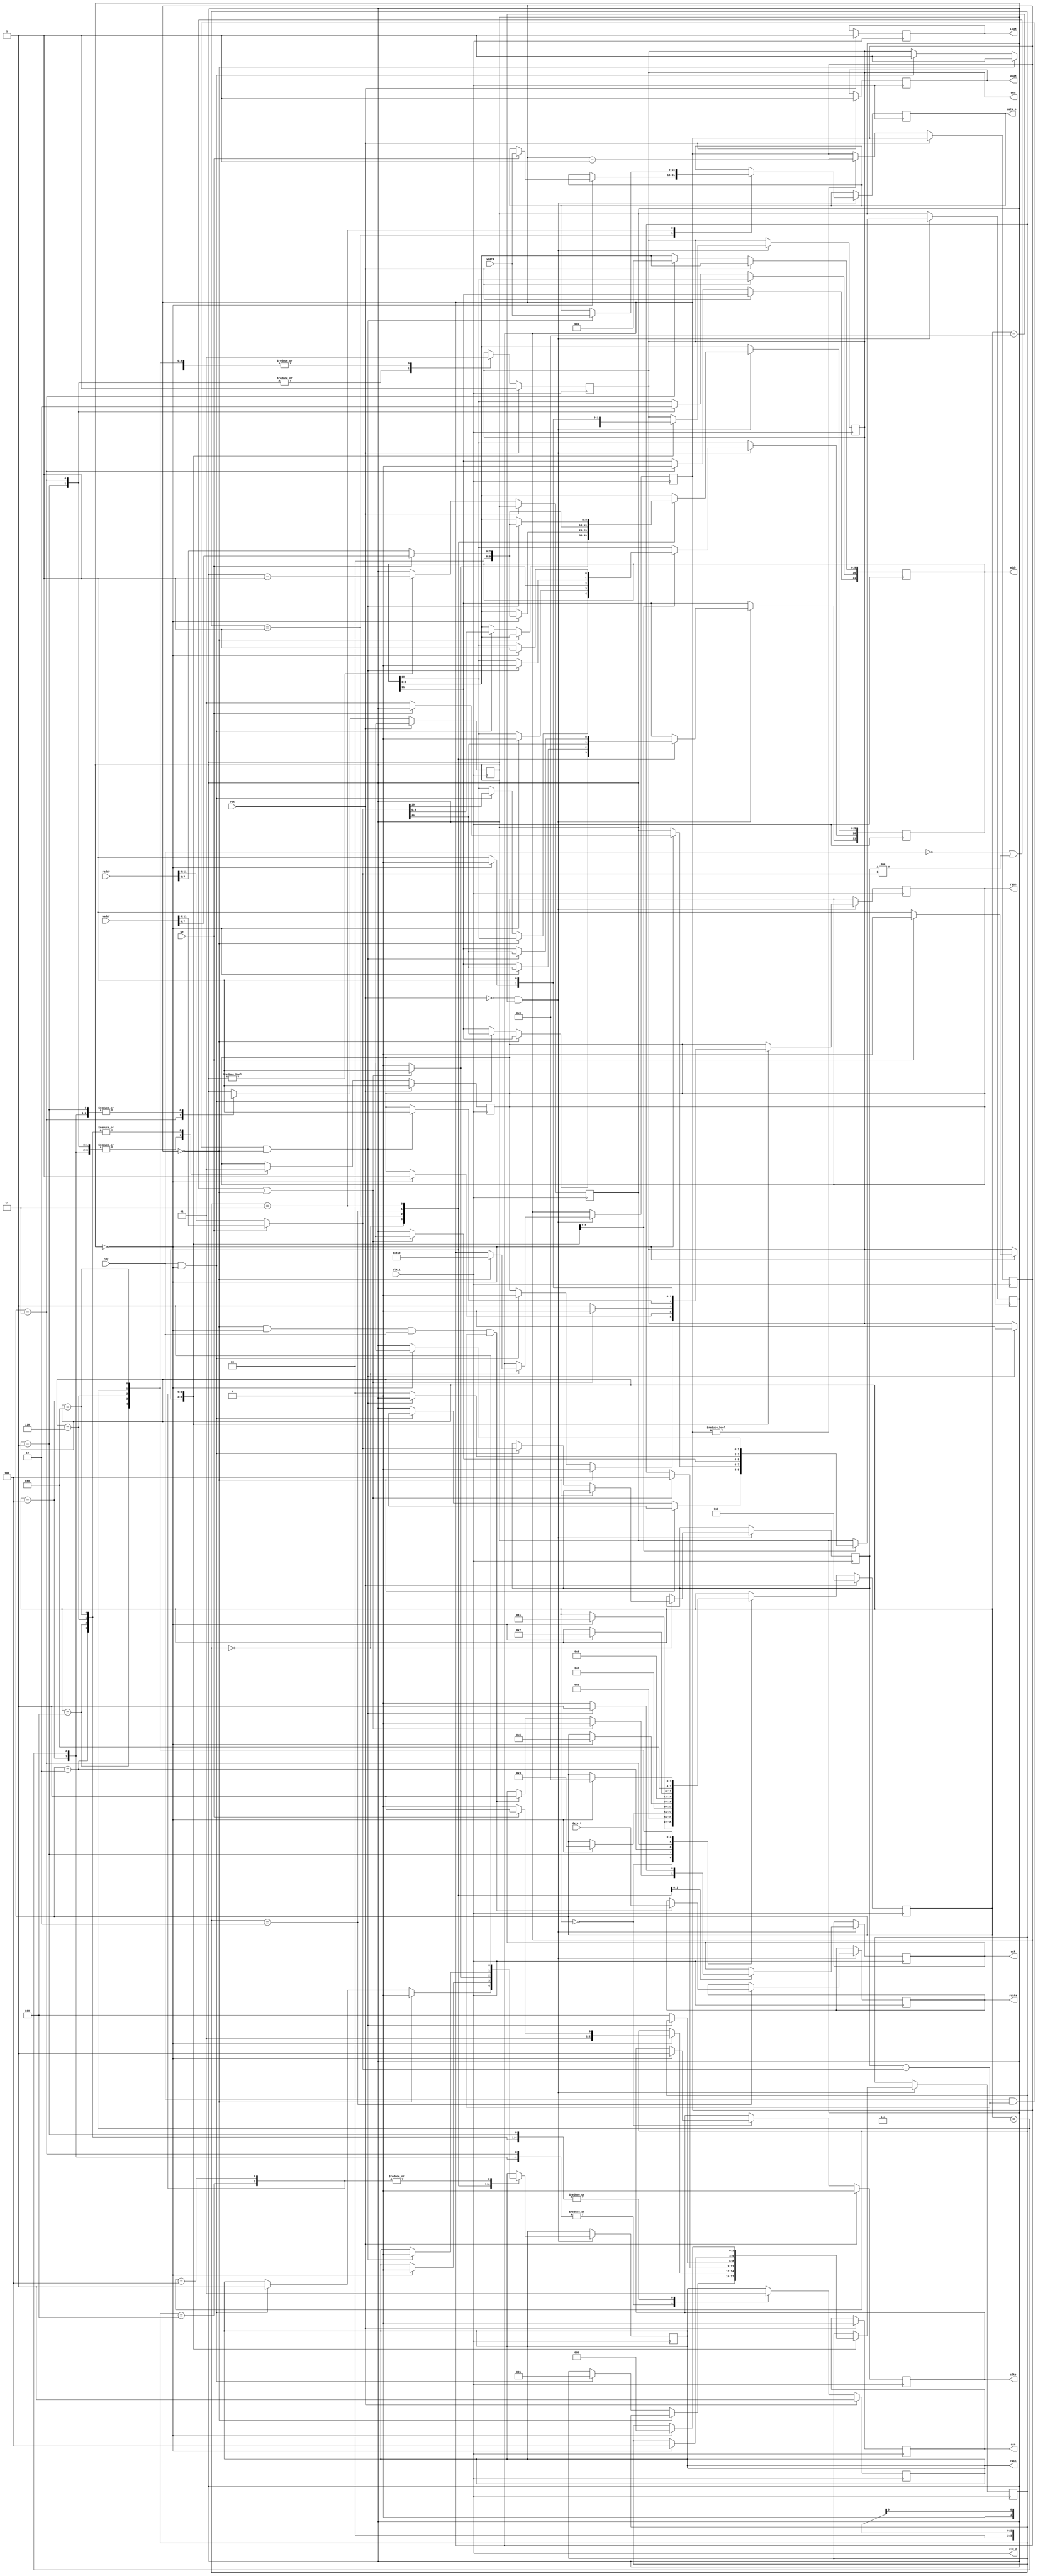

// Between read and write/ write and read, one clock with rdy low is needed.
// Change FSM using write after read and read after write functionalities if this behaviour is not wanted.

module SDRAM #(
    parameter DATA_WIDTH = 16,
    parameter ADDR_WIDTH = 20, // Total addr width
    parameter ADDR_BUS_WIDTH = 12 // Physical bus width
)(

    input clk_i,
    input rst,

    // "PSEUDO DUAL PORT" INTERNAL INTERFACE

    input [ADDR_WIDTH-1:0] waddr,
    input [DATA_WIDTH-1:0] wdata,
        
    input we,
    
    input [ADDR_WIDTH-1:0] raddr,
    output reg [DATA_WIDTH-1:0] rdata,
    
    // Simple interface ready/ack logic
    input rdy,
    output reg ack,

    // RAM INTERFACE

    output clk_o,
    output reg clke,

    input [DATA_WIDTH-1:0] data_i,
    output reg [DATA_WIDTH-1:0] data_o,
    output reg [ADDR_BUS_WIDTH-1:0] addr,

    output reg csn,
    output reg rasn,
    output reg casn,
    output reg wen,
    
    output reg LDQM,
    output reg UDQM
);

    // rounded up division
    function cdiv;
    input n,d;
    begin
        cdiv = (n/d) + (n%d) ? 1:0;
    end
    endfunction

    localparam MODE_USED = 12'b000000100111;

    // Timing parameters
    localparam CLK_T_NS = 10;                                           // Clock period in nanoseconds
    localparam WAIT_CNT_200us = cdiv( 200000 , CLK_T_NS );              // Stable clock waiting time in reset sequence
    localparam WAIT_CNT_PRCA = cdiv( 21 , CLK_T_NS );                   // Precharge command waiting time
    localparam WAIT_CNT_LM = 1;                                         // Load mode command waiting time
    localparam WAIT_CNT_AR = cdiv( 63 , CLK_T_NS );                     // Auto refresh command waiting time
    localparam WAIT_CNT_ACTIVATE = cdiv( 42 , CLK_T_NS );               // Activate command waiting time
    localparam WAIT_CNT_REFRESH = 15625 / CLK_T_NS;                     // 4096 refresh cycles in 64ms, or 1 refresh cycle per 15625ns ( rounded down! ).
    localparam WAIT_CNT_ACTIVE_TO_PRECHARGE_MAX = 100000 / CLK_T_NS;    // Maximum time active without precharging ( rounded down! )
    localparam WAIT_CNT_WR = 1;                                         // Two clocks between last data writen and next precharge

    // Initialization state machine, states parameters and register
    localparam RST_SEQUENCE_STATE_WAITING_200us = 0;
    localparam RST_SEQUENCE_STATE_PRECHARGE_ALL = 1;
    localparam RST_SEQUENCE_STATE_PRECHARGE_ALL_WAITING = 2;
    localparam RST_SEQUENCE_STATE_LOAD_MODE = 3;
    localparam RST_SEQUENCE_STATE_LOAD_MODE_WAITING = 4;
    localparam RST_SEQUENCE_STATE_AUTOREFRESH_1 = 5;
    localparam RST_SEQUENCE_STATE_AUTOREFRESH_1_WAITING = 6;
    localparam RST_SEQUENCE_STATE_AUTOREFRESH_2 = 7;
    localparam RST_SEQUENCE_STATE_AUTOREFRESH_2_WAITING = 8;
    localparam RST_SEQUENCE_STATE_FINISHED = 9;
    localparam NUM_RST_SEQUENCE_STATES = 10;
    localparam RST_SEQUENCE_STATE_WIDTH = $clog2( NUM_RST_SEQUENCE_STATES );
    
    reg [RST_SEQUENCE_STATE_WIDTH-1:0] rst_sequence_state = 0;
    
    // Operation state machine, states parameters and register
    
    localparam STATE_IDLE = 0;
    localparam STATE_WAITING_ACTIVE = 1;
    localparam STATE_READING = 2;
    localparam STATE_WRITING = 3;
    localparam STATE_EXITING_WRITE = 4;
    localparam STATE_PRECHARGING = 5;
    
    localparam NUM_STATES = 6;
    localparam STATE_WIDTH = $clog2( NUM_STATES );
    
    reg [STATE_WIDTH-1:0] state;
    
    // After command waiting counter
    
    localparam COUNTER_WIDTH = $clog2( WAIT_CNT_200us -1);
    reg [COUNTER_WIDTH-1:0] cnt;

    // Autorefresh period counter
    localparam REFRESH_COUNTER_WIDTH = $clog2( WAIT_CNT_REFRESH-1 );
    reg [REFRESH_COUNTER_WIDTH-1:0] refresh_cnt = WAIT_CNT_AR-1;
    
    // Active to precharge counter
    localparam ATOP_COUNTER_WIDTH = $clog2( WAIT_CNT_ACTIVE_TO_PRECHARGE_MAX-1 );
    reg [ ATOP_COUNTER_WIDTH-1:0 ] atop_cnt;

    
    // Active row and bank
    reg [11:0] last_row;
    wire [11:0] row; //actual row

    // Actual column
    wire [7:0] column;
    
    // Actual bank
    wire bank;
    
    // Commands
    task INHIBIT;
    begin
        csn <= 1'b1;
    end
    endtask 

    task NOP;
    begin
        rasn <= 1'b1;
        casn <= 1'b1;
        wen <= 1'b1;
    end
    endtask

    task PRECHARGE_ALL;
    begin
        rasn <= 1'b0;
        casn <= 1'b1;
        wen <= 1'b0;
        addr[10] <= 1'b1;
    end
    endtask

    task LOAD_MODE;
    input mode;
    begin
        addr <= mode;
        rasn <= 1'b0;
        casn <= 1'b0;
        wen <= 1'b0;
    end
    endtask

    task AUTOREFRESH;
    begin
        rasn <= 1'b0;
        casn <= 1'b0;
        wen <= 1'b1;
    end
    endtask
    
    task ACTIVATE;
    begin
        rasn <= 1'b0;
        casn <= 1'b1;
        wen <= 1'b1;
        addr <= row;
    end
    endtask

    task MASK;
    begin
        LDQM <= 1'b1;
        UDQM <= 1'b1;
    end
    endtask

    task UNMASK;
    begin
        LDQM <= 1'b0;
        UDQM <= 1'b0;
    end
    endtask
    
    task WRITE;
    begin
        rasn <= 1'b1;
        casn <= 1'b0;
        wen <= 1'b0;
        addr <= column;
        addr[10] <= 1'b0;
        addr[11] <= bank;
    end
    endtask
    
    task READ;
    begin
        rasn = 1'b1;
        casn = 1'b0;
        wen = 1'b1;
        addr <= column;
        addr[10] <= 1'b0;
        addr[11] <= bank;
    end
    endtask
    
    assign clk_o = clk_i; // RAM clock generation
    
    assign row = we ? waddr[11:0] : raddr[11:0]; // Actual row
    assign column = we ? waddr[7:0] : raddr[7:0]; // Actual row
    assign bank = row[11];
    
    // COUNTERS
    always @( posedge clk_i ) begin
        if( !rst ) begin
            if( cnt ) begin
                cnt <= cnt - 1;
            end
            
            if( refresh_cnt ) begin
                refresh_cnt <= refresh_cnt - 1;
            end
            
            if( atop_cnt ) begin
                atop_cnt <= atop_cnt - 1;
            end
        end    
    end
    
    // RESET SEQUENCE
    always @( posedge clk_i ) begin
        if( rst ) begin
            rst_sequence_state <= RST_SEQUENCE_STATE_WAITING_200us;
            cnt <= WAIT_CNT_200us-1;
            csn <= 0;
            clke <= 0;
            MASK();
            NOP();
        end else begin
            case( rst_sequence_state ) 
                
                RST_SEQUENCE_STATE_WAITING_200us: 
                begin
                    if( !cnt ) begin
                        clke <= 1;
                        rst_sequence_state <= RST_SEQUENCE_STATE_PRECHARGE_ALL;
                    end
                end

                RST_SEQUENCE_STATE_PRECHARGE_ALL:
                begin
                    PRECHARGE_ALL();
                    cnt <= WAIT_CNT_PRCA-1;
                    rst_sequence_state <= RST_SEQUENCE_STATE_PRECHARGE_ALL_WAITING;
                end
                
                RST_SEQUENCE_STATE_PRECHARGE_ALL_WAITING:
                begin
                    NOP();
                    if( !cnt ) begin
                        rst_sequence_state <= RST_SEQUENCE_STATE_LOAD_MODE;
                    end
                end
                
                RST_SEQUENCE_STATE_LOAD_MODE:
                begin
                    LOAD_MODE( MODE_USED );
                    cnt <= WAIT_CNT_LM-1;
                    rst_sequence_state <= RST_SEQUENCE_STATE_LOAD_MODE_WAITING;
                end
                
                RST_SEQUENCE_STATE_LOAD_MODE_WAITING:
                begin
                    NOP();
                    if( !cnt ) begin
                        rst_sequence_state <= RST_SEQUENCE_STATE_AUTOREFRESH_1;
                    end
                end

                RST_SEQUENCE_STATE_AUTOREFRESH_1:
                begin
                    AUTOREFRESH();
                    cnt <= WAIT_CNT_AR-1;
                    rst_sequence_state <= RST_SEQUENCE_STATE_AUTOREFRESH_1_WAITING;
                end

                RST_SEQUENCE_STATE_AUTOREFRESH_1_WAITING:
                begin
                    NOP();
                    if( !cnt ) begin
                        rst_sequence_state <= RST_SEQUENCE_STATE_AUTOREFRESH_2;
                    end
                end

                RST_SEQUENCE_STATE_AUTOREFRESH_2:
                begin
                    AUTOREFRESH();
                    cnt <= WAIT_CNT_AR-1;
                    rst_sequence_state <= RST_SEQUENCE_STATE_AUTOREFRESH_2_WAITING;
                end

                RST_SEQUENCE_STATE_AUTOREFRESH_2_WAITING:
                begin
                    NOP();
                    if( !cnt ) begin
                        rst_sequence_state <= RST_SEQUENCE_STATE_FINISHED;
                    end
                end

                RST_SEQUENCE_STATE_FINISHED: begin end
                default: begin end
            endcase
        end
    end
    
    // READ/WRITE STATE MACHINE
    always @( posedge clk_i ) begin
        if( !rst & rst_sequence_state == RST_SEQUENCE_STATE_FINISHED ) begin
            
            case( state )            
                STATE_IDLE:
                begin
                    if( !refresh_cnt ) begin // REFRESH CYCLE, if a refresh is needed we return to iddle state after Autorefresh command.
                        refresh_cnt <= WAIT_CNT_REFRESH-1;
                        cnt <= WAIT_CNT_AR;
                        AUTOREFRESH();
                    end else begin
                        if( rdy && !cnt ) begin
                            state <= STATE_WAITING_ACTIVE;
                            cnt <= WAIT_CNT_ACTIVATE;
                            ACTIVATE();
                            last_row <= row;
                        end
                    end
                end
                
                STATE_WAITING_ACTIVE:
                begin
                    NOP();
                    if( !cnt ) begin
                        if( we ) begin
                            WRITE();
                            data_o <= wdata;
                            state <= STATE_WRITING;
                        end else begin
                            READ();
                            cnt <= 1; // o 1, segun clock
                            state <= STATE_READING;
                        end
                    end
                end
                                
                STATE_READING:
                begin
                    // Using read interrupted by a read.
                    // Output data has two clocks latency.
                    READ();
                    if( !refresh_cnt & !cnt & rdy & last_row == row ) begin
                        rdata <= data_i;
                        ack <= 1;
                    end                    
                    if( !rdy | last_row != row | !refresh_cnt ) begin
                        ack <= 0;
                        cnt <= WAIT_CNT_PRCA - 1;
                        PRECHARGE_ALL();
                        state <= STATE_PRECHARGING;
                    end
                end
                
                STATE_WRITING:
                begin
                    if( rdy & last_row == row & ! refresh_cnt ) begin
                        // Using write interrupted by a write.
                        WRITE();
                        data_o <= wdata;
                        ack <= 1;
                    end else begin
                        ack <= 0;
                        cnt <= WAIT_CNT_WR - 1;
                        state <= STATE_EXITING_WRITE;
                    end
                end
                
                STATE_EXITING_WRITE:
                begin
                    NOP();
                    if( !cnt ) begin
                        cnt <= WAIT_CNT_PRCA - 1;
                        PRECHARGE_ALL();
                        state <= STATE_PRECHARGING;
                    end
                end

                STATE_PRECHARGING:
                begin
                    NOP();
                    if( !cnt ) begin
                        state <= STATE_IDLE;
                    end
                end
            endcase
        end
    end
endmodule